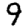
Digit: 9